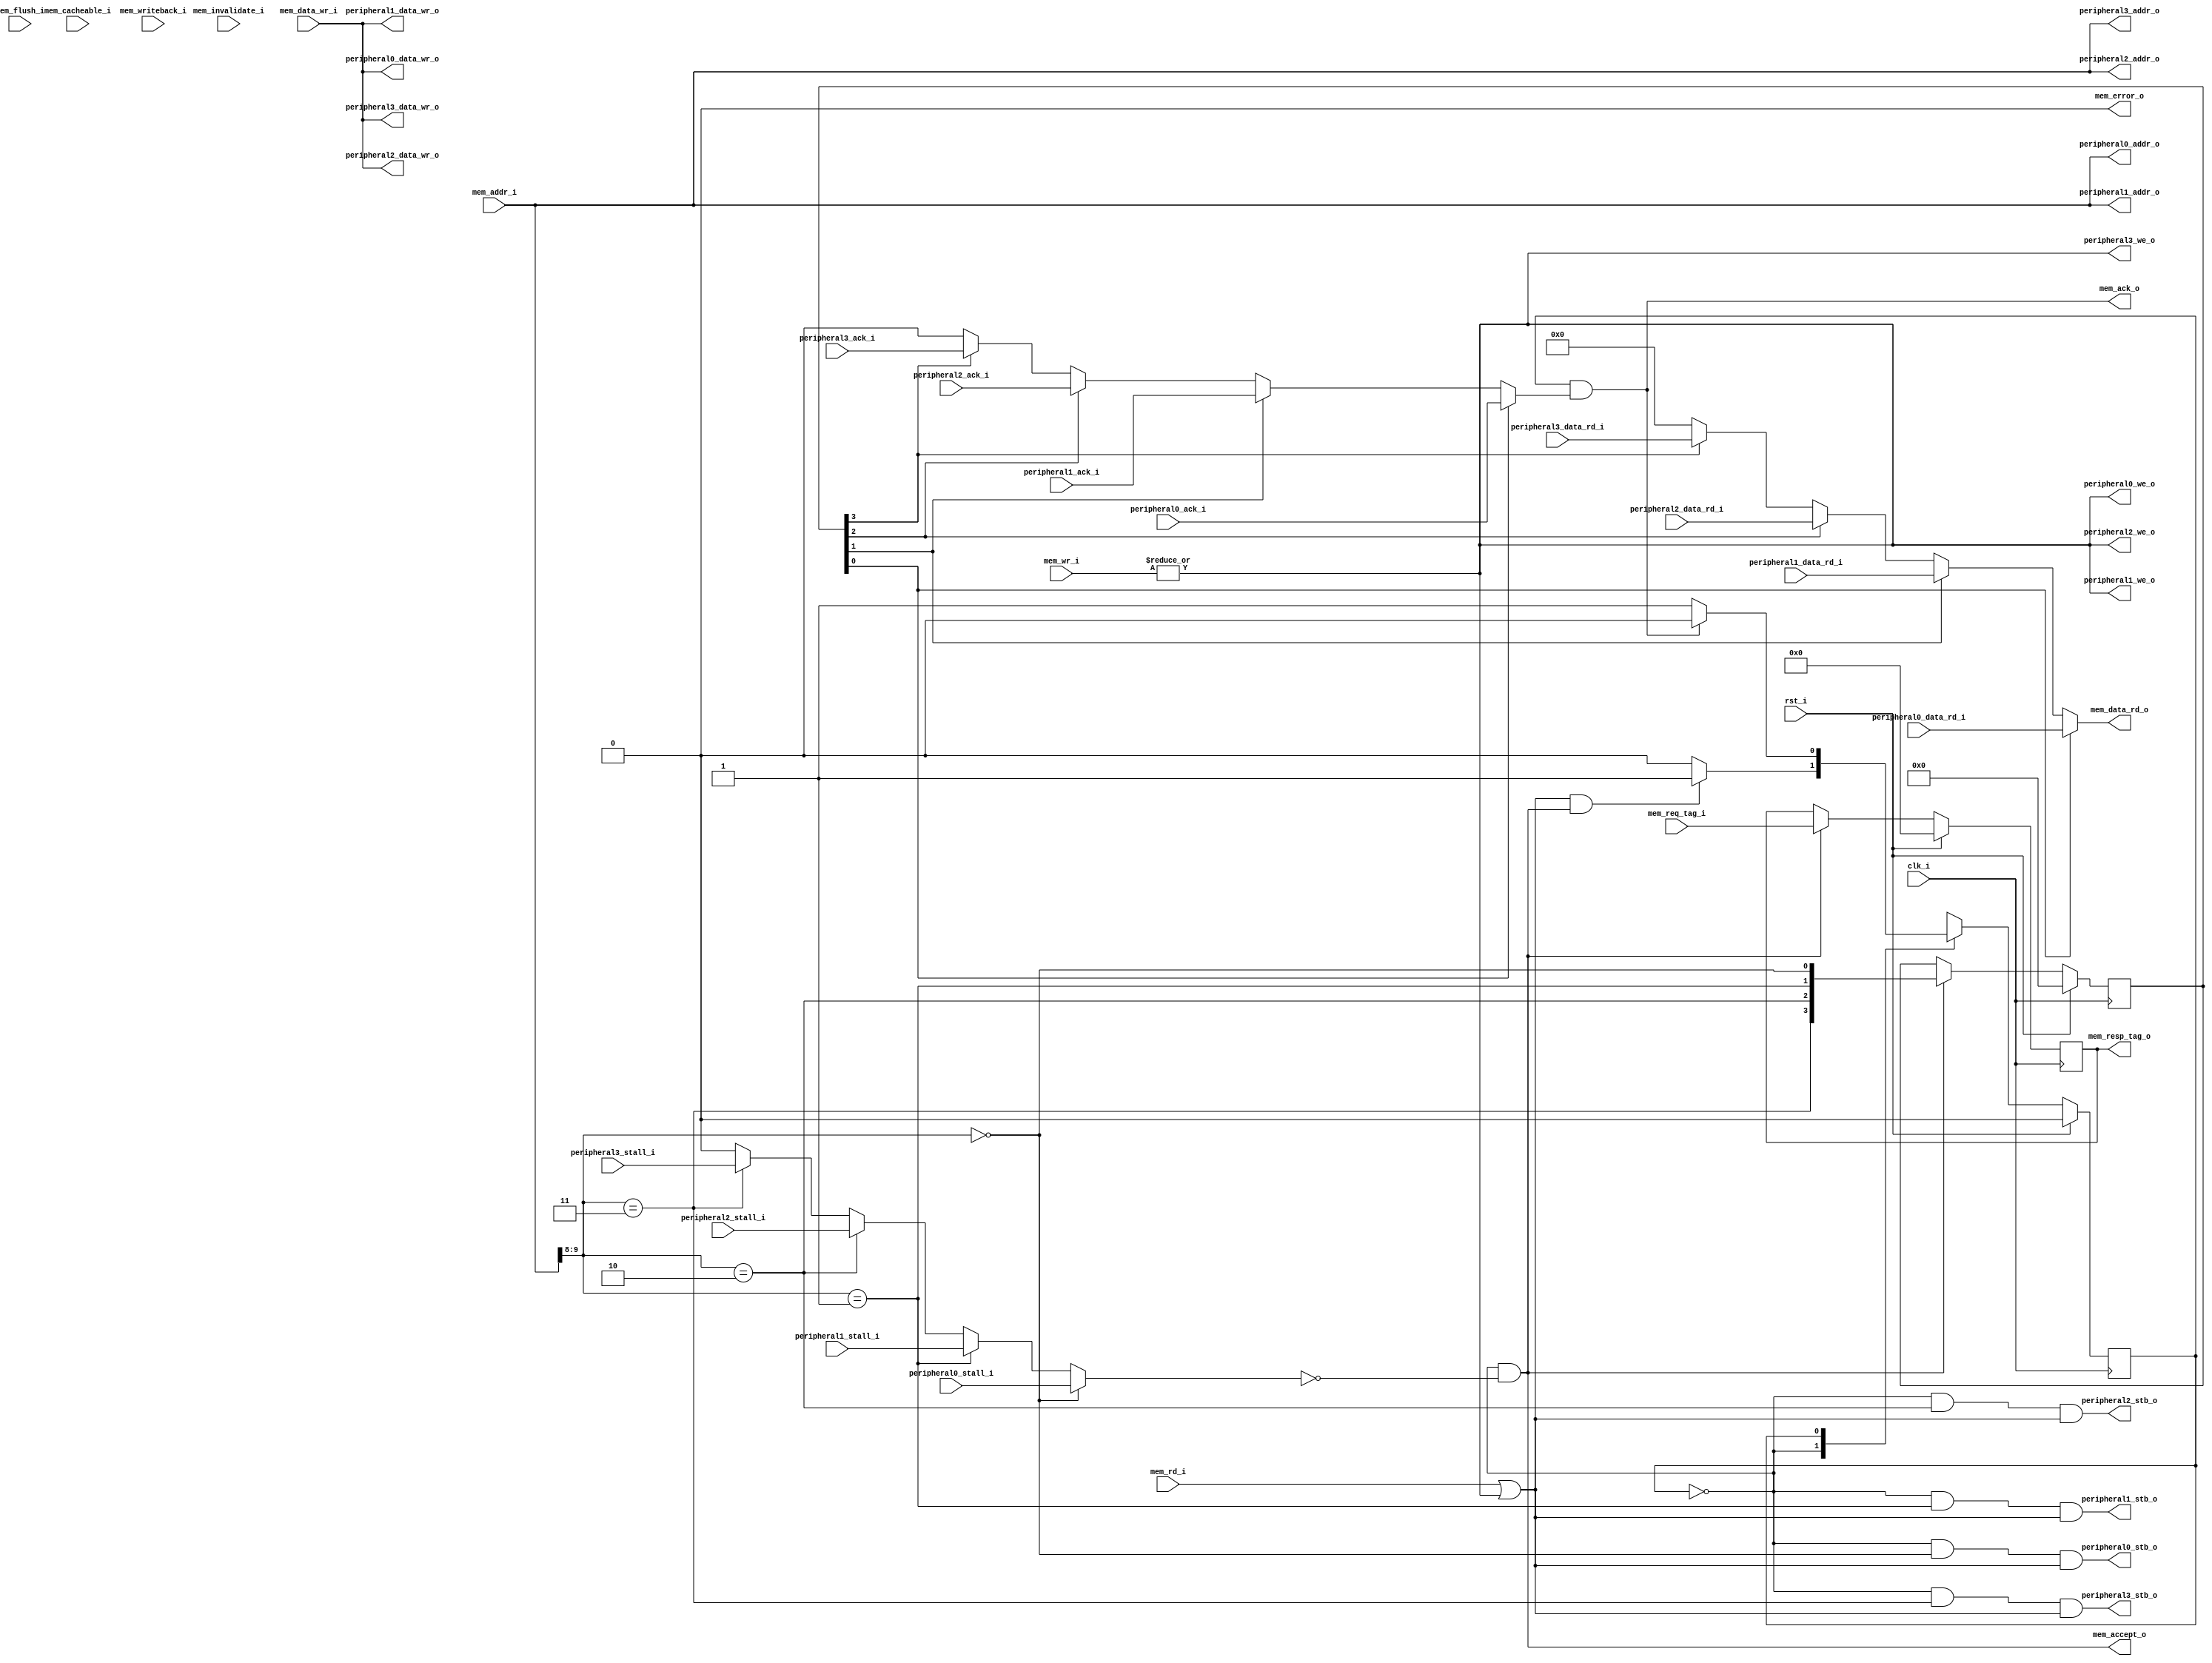
//-----------------------------------------------------------------
// Copyright (c) 2021, admin@ultra-embedded.com
// All rights reserved.
// 
// Redistribution and use in source and binary forms, with or without
// modification, are permitted provided that the following conditions 
// are met:
//   - Redistributions of source code must retain the above copyright
//     notice, this list of conditions and the following disclaimer.
//   - Redistributions in binary form must reproduce the above copyright
//     notice, this list of conditions and the following disclaimer 
//     in the documentation and/or other materials provided with the 
//     distribution.
//   - Neither the name of the author nor the names of its contributors 
//     may be used to endorse or promote products derived from this 
//     software without specific prior written permission.
// 
// THIS SOFTWARE IS PROVIDED BY THE COPYRIGHT HOLDERS AND CONTRIBUTORS 
// "AS IS" AND ANY EXPRESS OR IMPLIED WARRANTIES, INCLUDING, BUT NOT 
// LIMITED TO, THE IMPLIED WARRANTIES OF MERCHANTABILITY AND FITNESS FOR 
// A PARTICULAR PURPOSE ARE DISCLAIMED. IN NO EVENT SHALL THE AUTHOR BE 
// LIABLE FOR ANY DIRECT, INDIRECT, INCIDENTAL, SPECIAL, EXEMPLARY, OR 
// CONSEQUENTIAL DAMAGES (INCLUDING, BUT NOT LIMITED TO, PROCUREMENT OF 
// SUBSTITUTE GOODS OR SERVICES; LOSS OF USE, DATA, OR PROFITS; OR 
// BUSINESS INTERRUPTION) HOWEVER CAUSED AND ON ANY THEORY OF 
// LIABILITY, WHETHER IN CONTRACT, STRICT LIABILITY, OR TORT
// (INCLUDING NEGLIGENCE OR OTHERWISE) ARISING IN ANY WAY OUT OF 
// THE USE OF THIS SOFTWARE, EVEN IF ADVISED OF THE POSSIBILITY OF 
// SUCH DAMAGE.
//-----------------------------------------------------------------
module dport_wb
//-----------------------------------------------------------------
// Params
//-----------------------------------------------------------------
#(
     parameter NUM_PORTS        = 4
    ,parameter PORT_SEL_H       = 9
    ,parameter PORT_SEL_L       = 8
    ,parameter PORT_SEL_W       = 2
)
//-----------------------------------------------------------------
// Ports
//-----------------------------------------------------------------
(
    // Inputs
     input           clk_i
    ,input           rst_i
    ,input  [ 31:0]  mem_addr_i
    ,input  [ 31:0]  mem_data_wr_i
    ,input           mem_rd_i
    ,input  [  3:0]  mem_wr_i
    ,input           mem_cacheable_i
    ,input  [ 10:0]  mem_req_tag_i
    ,input           mem_invalidate_i
    ,input           mem_writeback_i
    ,input           mem_flush_i
    ,input  [ 31:0]  peripheral0_data_rd_i
    ,input           peripheral0_ack_i
    ,input           peripheral0_stall_i
    ,input  [ 31:0]  peripheral1_data_rd_i
    ,input           peripheral1_ack_i
    ,input           peripheral1_stall_i
    ,input  [ 31:0]  peripheral2_data_rd_i
    ,input           peripheral2_ack_i
    ,input           peripheral2_stall_i
    ,input  [ 31:0]  peripheral3_data_rd_i
    ,input           peripheral3_ack_i
    ,input           peripheral3_stall_i

    // Outputs
    ,output [ 31:0]  mem_data_rd_o
    ,output          mem_accept_o
    ,output          mem_ack_o
    ,output          mem_error_o
    ,output [ 10:0]  mem_resp_tag_o
    ,output [ 31:0]  peripheral0_addr_o
    ,output [ 31:0]  peripheral0_data_wr_o
    ,output          peripheral0_stb_o
    ,output          peripheral0_we_o
    ,output [ 31:0]  peripheral1_addr_o
    ,output [ 31:0]  peripheral1_data_wr_o
    ,output          peripheral1_stb_o
    ,output          peripheral1_we_o
    ,output [ 31:0]  peripheral2_addr_o
    ,output [ 31:0]  peripheral2_data_wr_o
    ,output          peripheral2_stb_o
    ,output          peripheral2_we_o
    ,output [ 31:0]  peripheral3_addr_o
    ,output [ 31:0]  peripheral3_data_wr_o
    ,output          peripheral3_stb_o
    ,output          peripheral3_we_o
);



//-----------------------------------------------------------------
// State machine
//-----------------------------------------------------------------
localparam STATE_W          = 1;
localparam STATE_IDLE       = 1'd0;
localparam STATE_ACCESS     = 1'd1;

reg [STATE_W-1:0] state_q;
reg [STATE_W-1:0] next_state_r;

reg               output_stall_r;

always @ *
begin
    next_state_r = state_q;

    case (state_q)
    STATE_IDLE :
    begin
        if ((mem_rd_i || (|mem_wr_i)) && mem_accept_o)
            next_state_r = STATE_ACCESS;
    end
    STATE_ACCESS:
    begin
          if (mem_ack_o)
              next_state_r = STATE_IDLE;
    end    
    default :
       ;
    endcase
end

// Update state
always @ (posedge clk_i )
if (rst_i)
    state_q <= STATE_IDLE;
else
    state_q <= next_state_r;

assign mem_accept_o = (state_q == STATE_IDLE) & ~output_stall_r;

//-----------------------------------------------------------------
// Output Mux
//-----------------------------------------------------------------
wire [NUM_PORTS-1:0] src_w;

assign src_w[0] = mem_addr_i[PORT_SEL_H:PORT_SEL_L] == 2'd0;
assign src_w[1] = mem_addr_i[PORT_SEL_H:PORT_SEL_L] == 2'd1;
assign src_w[2] = mem_addr_i[PORT_SEL_H:PORT_SEL_L] == 2'd2;
assign src_w[3] = mem_addr_i[PORT_SEL_H:PORT_SEL_L] == 2'd3;

reg [NUM_PORTS-1:0]  src_q;

always @ (posedge clk_i )
if (rst_i)
    src_q <= {NUM_PORTS{1'b0}};
else if (mem_accept_o)
    src_q <= src_w;

assign peripheral0_addr_o         = mem_addr_i;
assign peripheral0_data_wr_o      = mem_data_wr_i;
assign peripheral0_we_o           = (|mem_wr_i);
assign peripheral0_stb_o          = (state_q == STATE_IDLE) & src_w[0] & (mem_rd_i || (|mem_wr_i));
assign peripheral1_addr_o         = mem_addr_i;
assign peripheral1_data_wr_o      = mem_data_wr_i;
assign peripheral1_we_o           = (|mem_wr_i);
assign peripheral1_stb_o          = (state_q == STATE_IDLE) & src_w[1] & (mem_rd_i || (|mem_wr_i));
assign peripheral2_addr_o         = mem_addr_i;
assign peripheral2_data_wr_o      = mem_data_wr_i;
assign peripheral2_we_o           = (|mem_wr_i);
assign peripheral2_stb_o          = (state_q == STATE_IDLE) & src_w[2] & (mem_rd_i || (|mem_wr_i));
assign peripheral3_addr_o         = mem_addr_i;
assign peripheral3_data_wr_o      = mem_data_wr_i;
assign peripheral3_we_o           = (|mem_wr_i);
assign peripheral3_stb_o          = (state_q == STATE_IDLE) & src_w[3] & (mem_rd_i || (|mem_wr_i));

always @ *
begin
    output_stall_r = 1'b0;

    case (1'b1)
      src_w[0]     : output_stall_r = peripheral0_stall_i;
      src_w[1]     : output_stall_r = peripheral1_stall_i;
      src_w[2]     : output_stall_r = peripheral2_stall_i;
      src_w[3]     : output_stall_r = peripheral3_stall_i;
    endcase
end

//-----------------------------------------------------------------
// Response 
//-----------------------------------------------------------------
reg        outport_ack_r;
reg [31:0] outport_data_r;

always @ *
begin
    outport_ack_r  = 1'b0;
    outport_data_r = 32'b0;

    case (1'b1)
      src_q[0]     : outport_ack_r = peripheral0_ack_i;
      src_q[1]     : outport_ack_r = peripheral1_ack_i;
      src_q[2]     : outport_ack_r = peripheral2_ack_i;
      src_q[3]     : outport_ack_r = peripheral3_ack_i;
    endcase

    case (1'b1)
      src_q[0]     : outport_data_r = peripheral0_data_rd_i;
      src_q[1]     : outport_data_r = peripheral1_data_rd_i;
      src_q[2]     : outport_data_r = peripheral2_data_rd_i;
      src_q[3]     : outport_data_r = peripheral3_data_rd_i;
    endcase    
end

assign mem_ack_o     = (state_q == STATE_ACCESS) & outport_ack_r;
assign mem_data_rd_o = outport_data_r;
assign mem_error_o   = 1'b0;

reg [10:0] tag_q;

always @ (posedge clk_i )
if (rst_i)
    tag_q <= 11'b0;
else if (mem_accept_o)
    tag_q <= mem_req_tag_i;

assign mem_resp_tag_o = tag_q;


endmodule